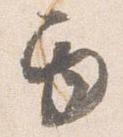
巻